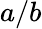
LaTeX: a/b